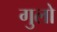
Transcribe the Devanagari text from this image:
गुलो